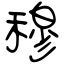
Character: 穆